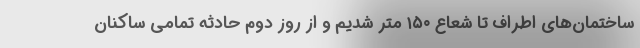
ساختمان‌های اطراف تا شعاع ۱۵۰ متر شدیم و از روز دوم حادثه تمامی ساکنان